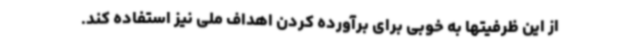
از این ظرفیتها به خوبی برای برآورده کردن اهداف ملی نیز استفاده کند.